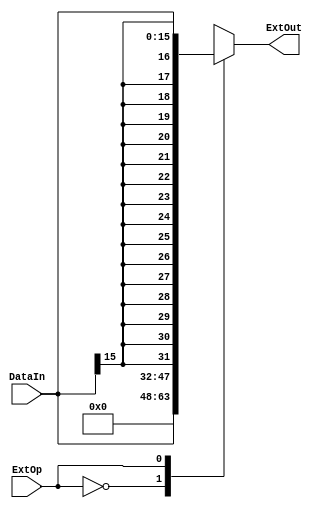
`define EXT_ZERO    2'b00
`define EXT_SIGNED  2'b01
`define EXT_HIGHPOS 2'b10
module Extender(ExtOut,DataIn,ExtOp);

	input [15:0] DataIn;
	input ExtOp;
	output reg[31:0] ExtOut;
	
	integer i;					//
	
always@(DataIn or ExtOp)begin
	 case (ExtOp)
      `EXT_ZERO:    ExtOut = {16'd0, DataIn};
      `EXT_SIGNED:  ExtOut = {{16{DataIn[15]}}, DataIn};
      `EXT_HIGHPOS: ExtOut = {DataIn, 16'd0};
      default: ;
    endcase
end
	/*
	begin
		if(ExtOp == 1)
			begin
				for(i=0;i<32;i=i+1)
				begin
					if(i<16)
						ExtOut[i] = DataIn[i];
					else
						ExtOut[i] = 0;
				end	
			end
		else
			begin
				for(i=0;i<32;i=i+1)
				begin
					if(i<16)
						ExtOut[i] = DataIn[i];
					else
						ExtOut[i] = DataIn[15];
				end
			end*/
endmodule